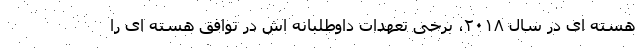
هسته ای در سال ۲۰۱۸، برخی تعهدات داوطلبانه اش در توافق هسته ای را